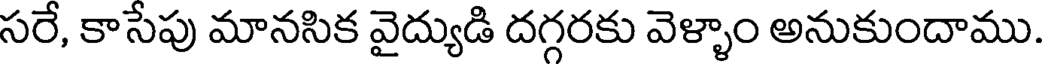
సరే, కాసేపు మానసిక వైద్యుడి దగ్గరకు వెళ్ళాం అనుకుందాము.